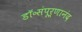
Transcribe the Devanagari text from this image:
डॉ॰संपूर्णानंद